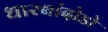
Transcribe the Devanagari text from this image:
धारबांदोडाे